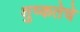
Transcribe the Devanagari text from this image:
शुष्कतेचे